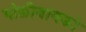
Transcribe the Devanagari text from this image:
भोळीबायको